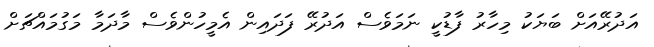
އަދުރޭއަށް ބަޔަކު މިހާރު ފާޑުކީ ނަމަވެސް އަދުރޭ ފަދައިން އެމީހުންވެސް މާދަމާ މަގުމައްޗަށް